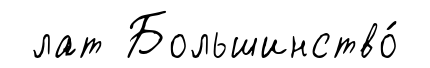
лат Большинство́